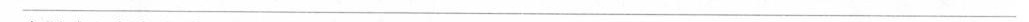
___